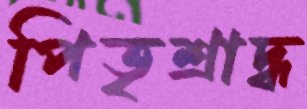
পিতৃশ্রাদ্ধ